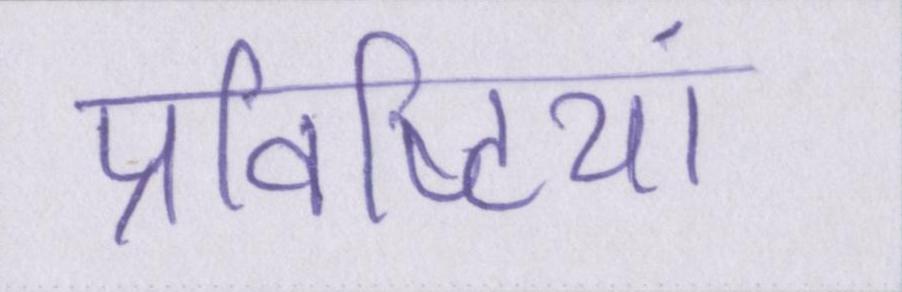
प्रविष्टियां